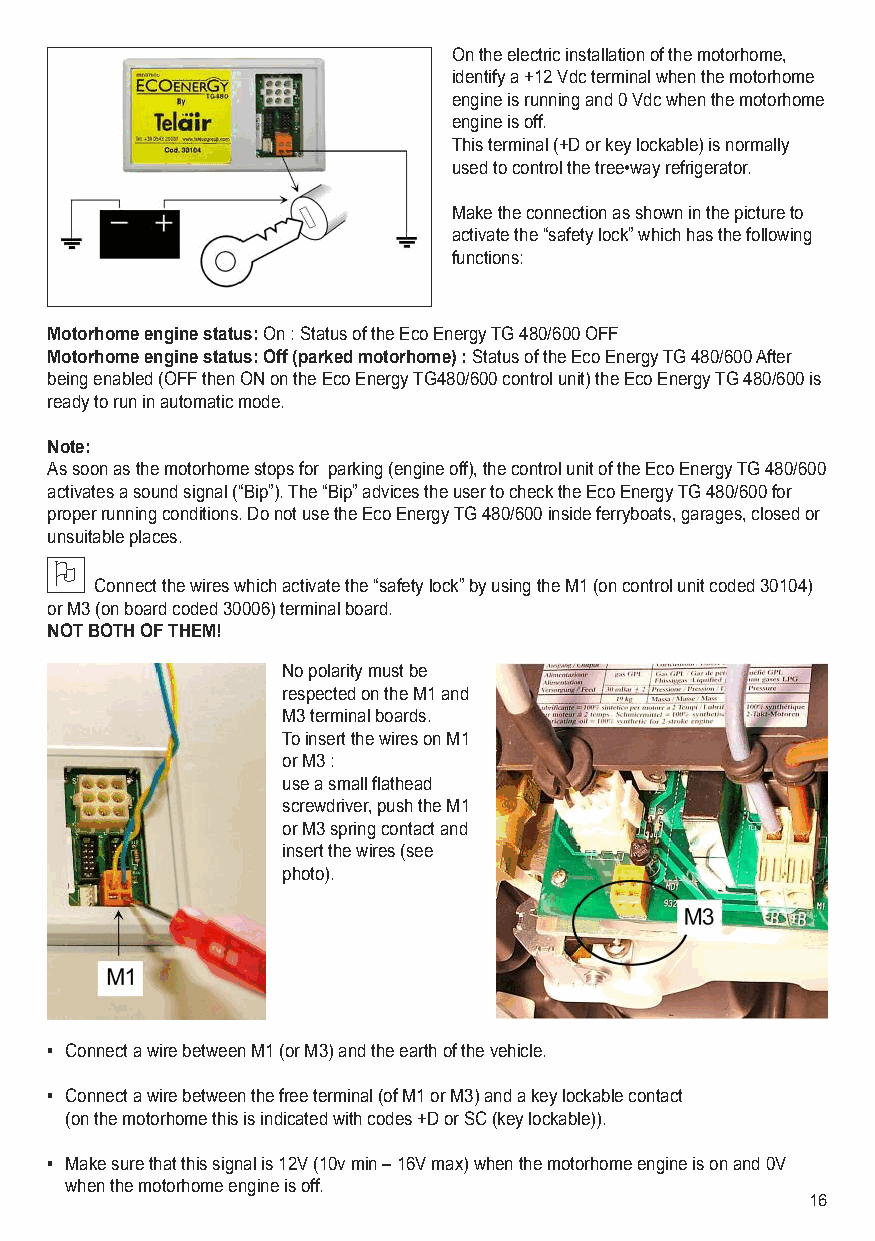
On the electric installation of the motorhome,
 identify a +12 Vdc terminal when the motorhome
 engine is running and 0 Vdc when the motorhome
 engine is off.
 This terminal (+D or key lockable) is normally
 used to control the tree•way refrigerator.
 Make the connection as shown in the picture to
 activate the “safety lock” which has the following
 functions:
 Motorhome engine status: On : Status of the Eco Energy TG 480/600 OFF
 Motorhome engine status: Off (parked motorhome) :Status of the Eco Energy TG 480/600 After
 being enabled (OFF then ON on the Eco Energy TG480/600 control unit) the Eco Energy TG 480/600 is
 ready to run in automatic mode.
 Note:
 As soon as the motorhome stops for parking (engine off), the control unit of the Eco Energy TG 480/600
 activates a sound signal (“Bip”). The “Bip” advices the user to check the Eco Energy TG 480/600 for
 proper running conditions. Do not use the Eco Energy TG 480/600 inside ferryboats, garages, closed or
 unsuitable places.
 O
 Connect the wires which activate the “safety lock” by using the M1 (on control unit coded 30104)
 or M3 (on board coded 30006) terminal board.
 NOT BOTH OF THEM!
 No polarity must be
 respected on the M1 and
 M3 terminal boards.
 To insert the wires on M1
 or M3 :
 use a small flathead
 screwdriver, push the M1
 or M3 spring contact and
 insert the wires (see
 photo).
 • Connect a wire between M1 (or M3) and the earth of the vehicle.
 • Connect a wire between the free terminal (of M1 or M3) and a key lockable contact
 (on the motorhome this is indicated with codes +D or SC (key lockable)).
 • Make sure that this signal is 12V (10v min – 16V max) when the motorhome engine is on and 0V
 when the motorhome engine is off.
 16